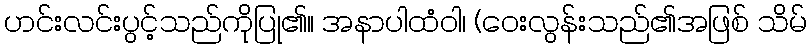
ဟင်းလင်းပွင့်သည်ကိုပြု၏။ အနာပါထံဝါ၊ (ဝေးလွန်းသည်၏အဖြစ် သိမ်